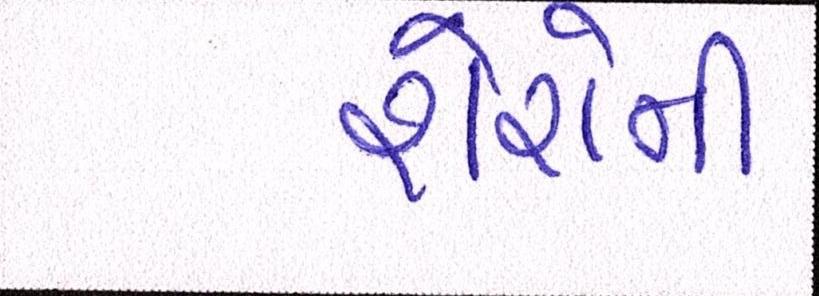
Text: શેરોની